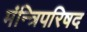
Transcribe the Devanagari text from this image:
मंन्त्रिपरिषद